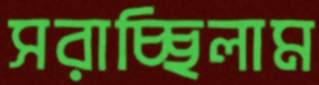
সরাচ্ছিলাম